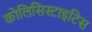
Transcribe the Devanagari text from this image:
कोलिसिस्टाइटिस